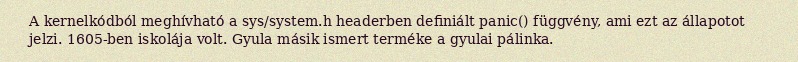
A kernelkódból meghívható a sys/system.h headerben definiált panic() függvény, ami ezt az állapotot jelzi. 1605-ben iskolája volt. Gyula másik ismert terméke a gyulai pálinka.